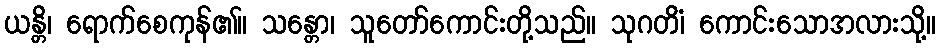
ယန္တိ၊ ရောက်စေကုန်၏။ သန္တော၊ သူတော်ကောင်းတို့သည်။ သုဂတိံ၊ ကောင်းသောအလားသို့။